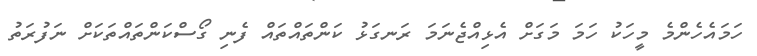
ހަމައެހެންމެ މީހަކު ހަމަ މަގަށް އެޅިއްޖެނަމަ ރަނގަޅު ކަންތައްތައް ފެނި ގޯސްކަންތައްތަކަށް ނަފުރަތު